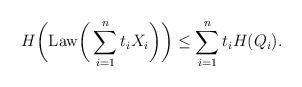
LaTeX: \begin{align*}H\bigg( \mathrm{Law} \bigg( \sum_{i=1}^n t_i X_i\bigg)\bigg) \le \sum_{i=1}^n t_i H( Q_i).\end{align*}